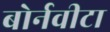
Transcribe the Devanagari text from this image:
बोर्नवीटा